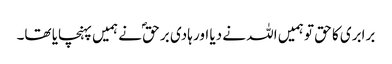
برابری کا حق تو ہمیں اللہ نے دیا اور ہادی بر حقؐ نے ہمیں پہنچایا تھا۔